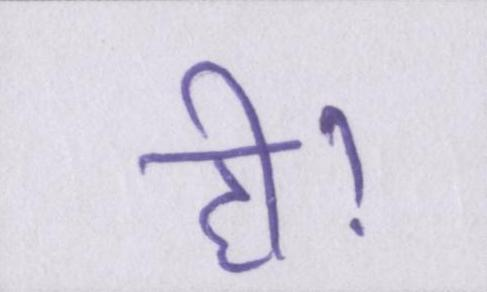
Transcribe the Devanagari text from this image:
ही।